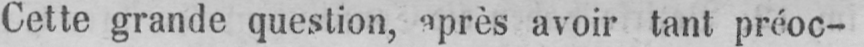
Cette grande question, après avoir tant préoc-